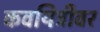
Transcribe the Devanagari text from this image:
कवयित्रीवर